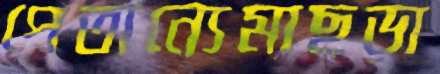
পেতান্যেমাছড়া